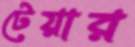
টেয়ার